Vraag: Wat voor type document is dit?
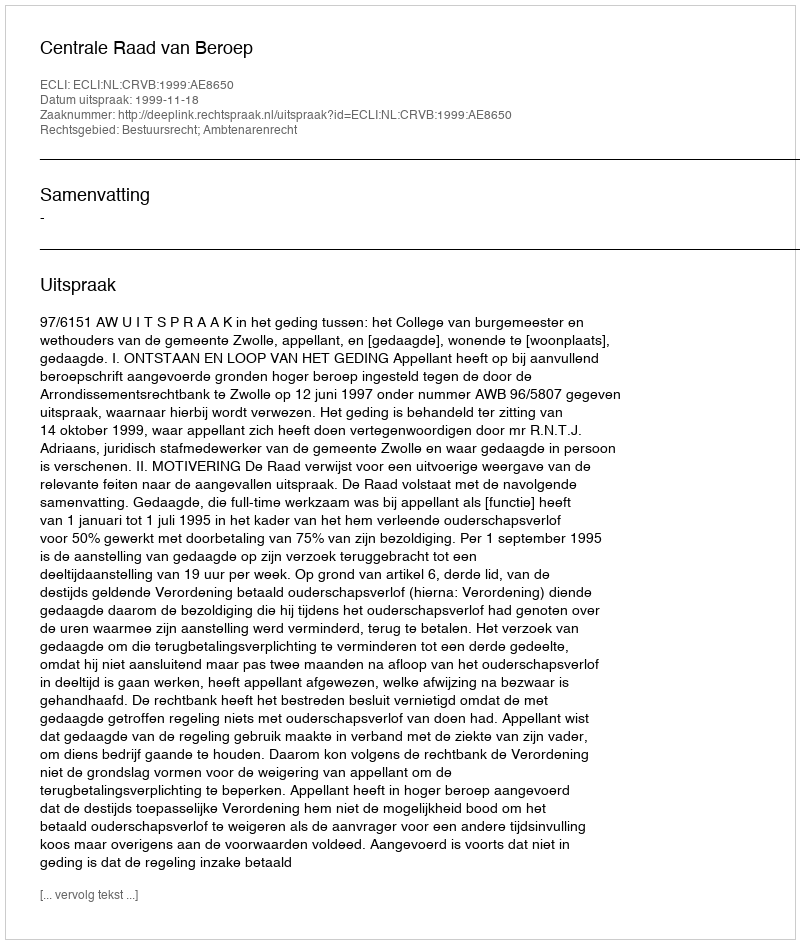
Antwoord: Uitspraak